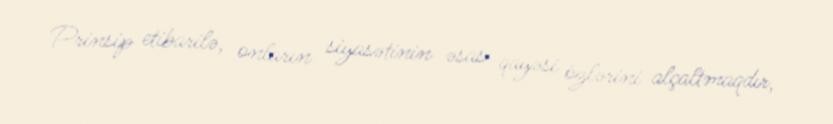
Prinsip etibarilə, onların siyasətinin əsas qayəsi özlərini alçaltmaqdır,